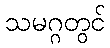
သမဂ္ဂတွင်